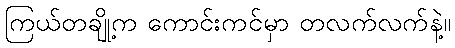
ကြယ်တချို့က ကောင်းကင်မှာ တလက်လက်နဲ့။